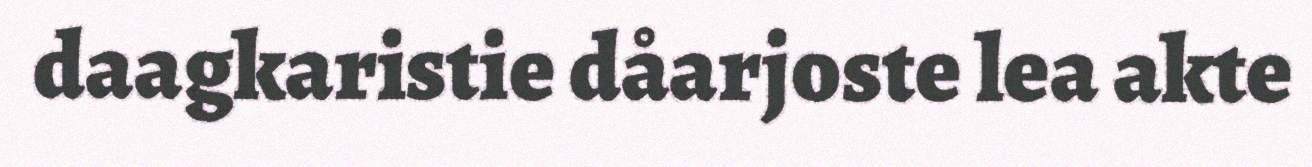
daagkaristie dåarjoste lea akte